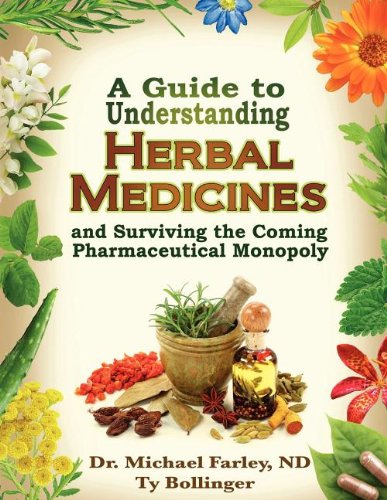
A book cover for A Guide to Understanding Herbal Medicines and Surviving the Coming Pharmaceutical Monopoly; Michael Farley; Health, Fitness & Dieting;